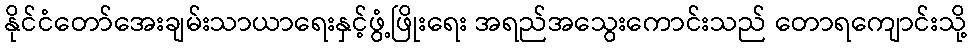
နိုင်ငံတော်အေးချမ်းသာယာရေးနှင့်ဖွံ့ဖြိုးရေး အရည်အသွေးကောင်းသည် တောရကျောင်းသို့